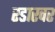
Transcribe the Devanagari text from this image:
रडारवर